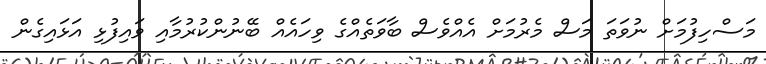
މަސްހިފުމަށް ނުވަތަ މަސް މެރުމަށް އެއްވެސް ބާވަތެއްގެ ވިހައެއް ބޭނުންކުރުމާއި ވައިފުޅި އަޅައިގެން